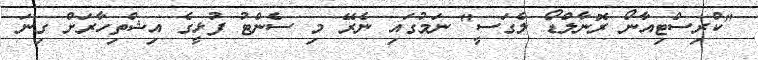
"ކްރިސްޓިއާނޯ ރޮނާލްޑޯ ލެގަސީ" ނަމުގައި ނެރޭ މި ސެންޓު ފުޅީގެ އިޝްތިހާރަށް ގިނަ